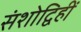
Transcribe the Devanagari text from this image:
संशोद्विहीं